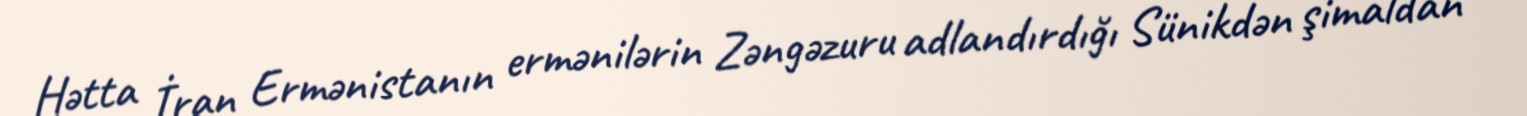
Hətta İran Ermənistanın ermənilərin Zəngəzuru adlandırdığı Sünikdən şimaldan